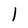
Character: l